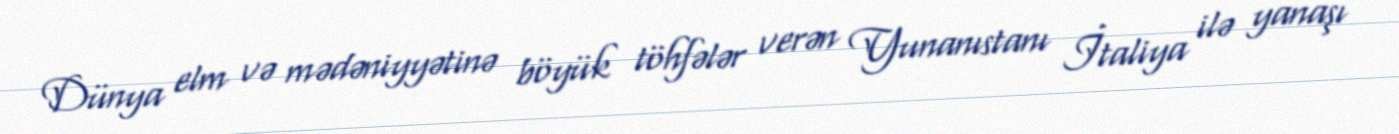
Dünya elm və mədəniyyətinə böyük töhfələr verən Yunanıstanı İtaliya ilə yanaşı